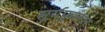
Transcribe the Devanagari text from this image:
सूर्यफुलात